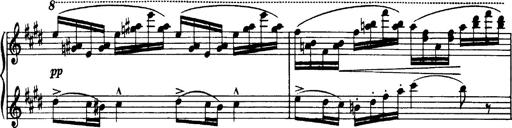
Title: OuvertÃ¼re zu TannhÃ¤user
Composer: Franz Liszt